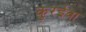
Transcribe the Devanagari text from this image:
कुरईवा